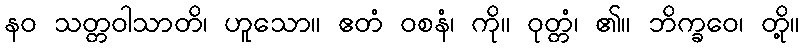
နဝ သတ္တဝါသာတိ၊ ဟူသော။ ဧတံ ဝစနံ၊ ကို။ ဝုတ္တံ၊ ၏။ ဘိက္ခဝေ၊ တို့။